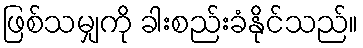
ဖြစ်သမျှကို ခါးစည်းခံနိုင်သည်။